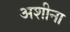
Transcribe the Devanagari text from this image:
अशीना